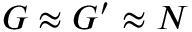
G \approx G ^ { \prime } \approx N